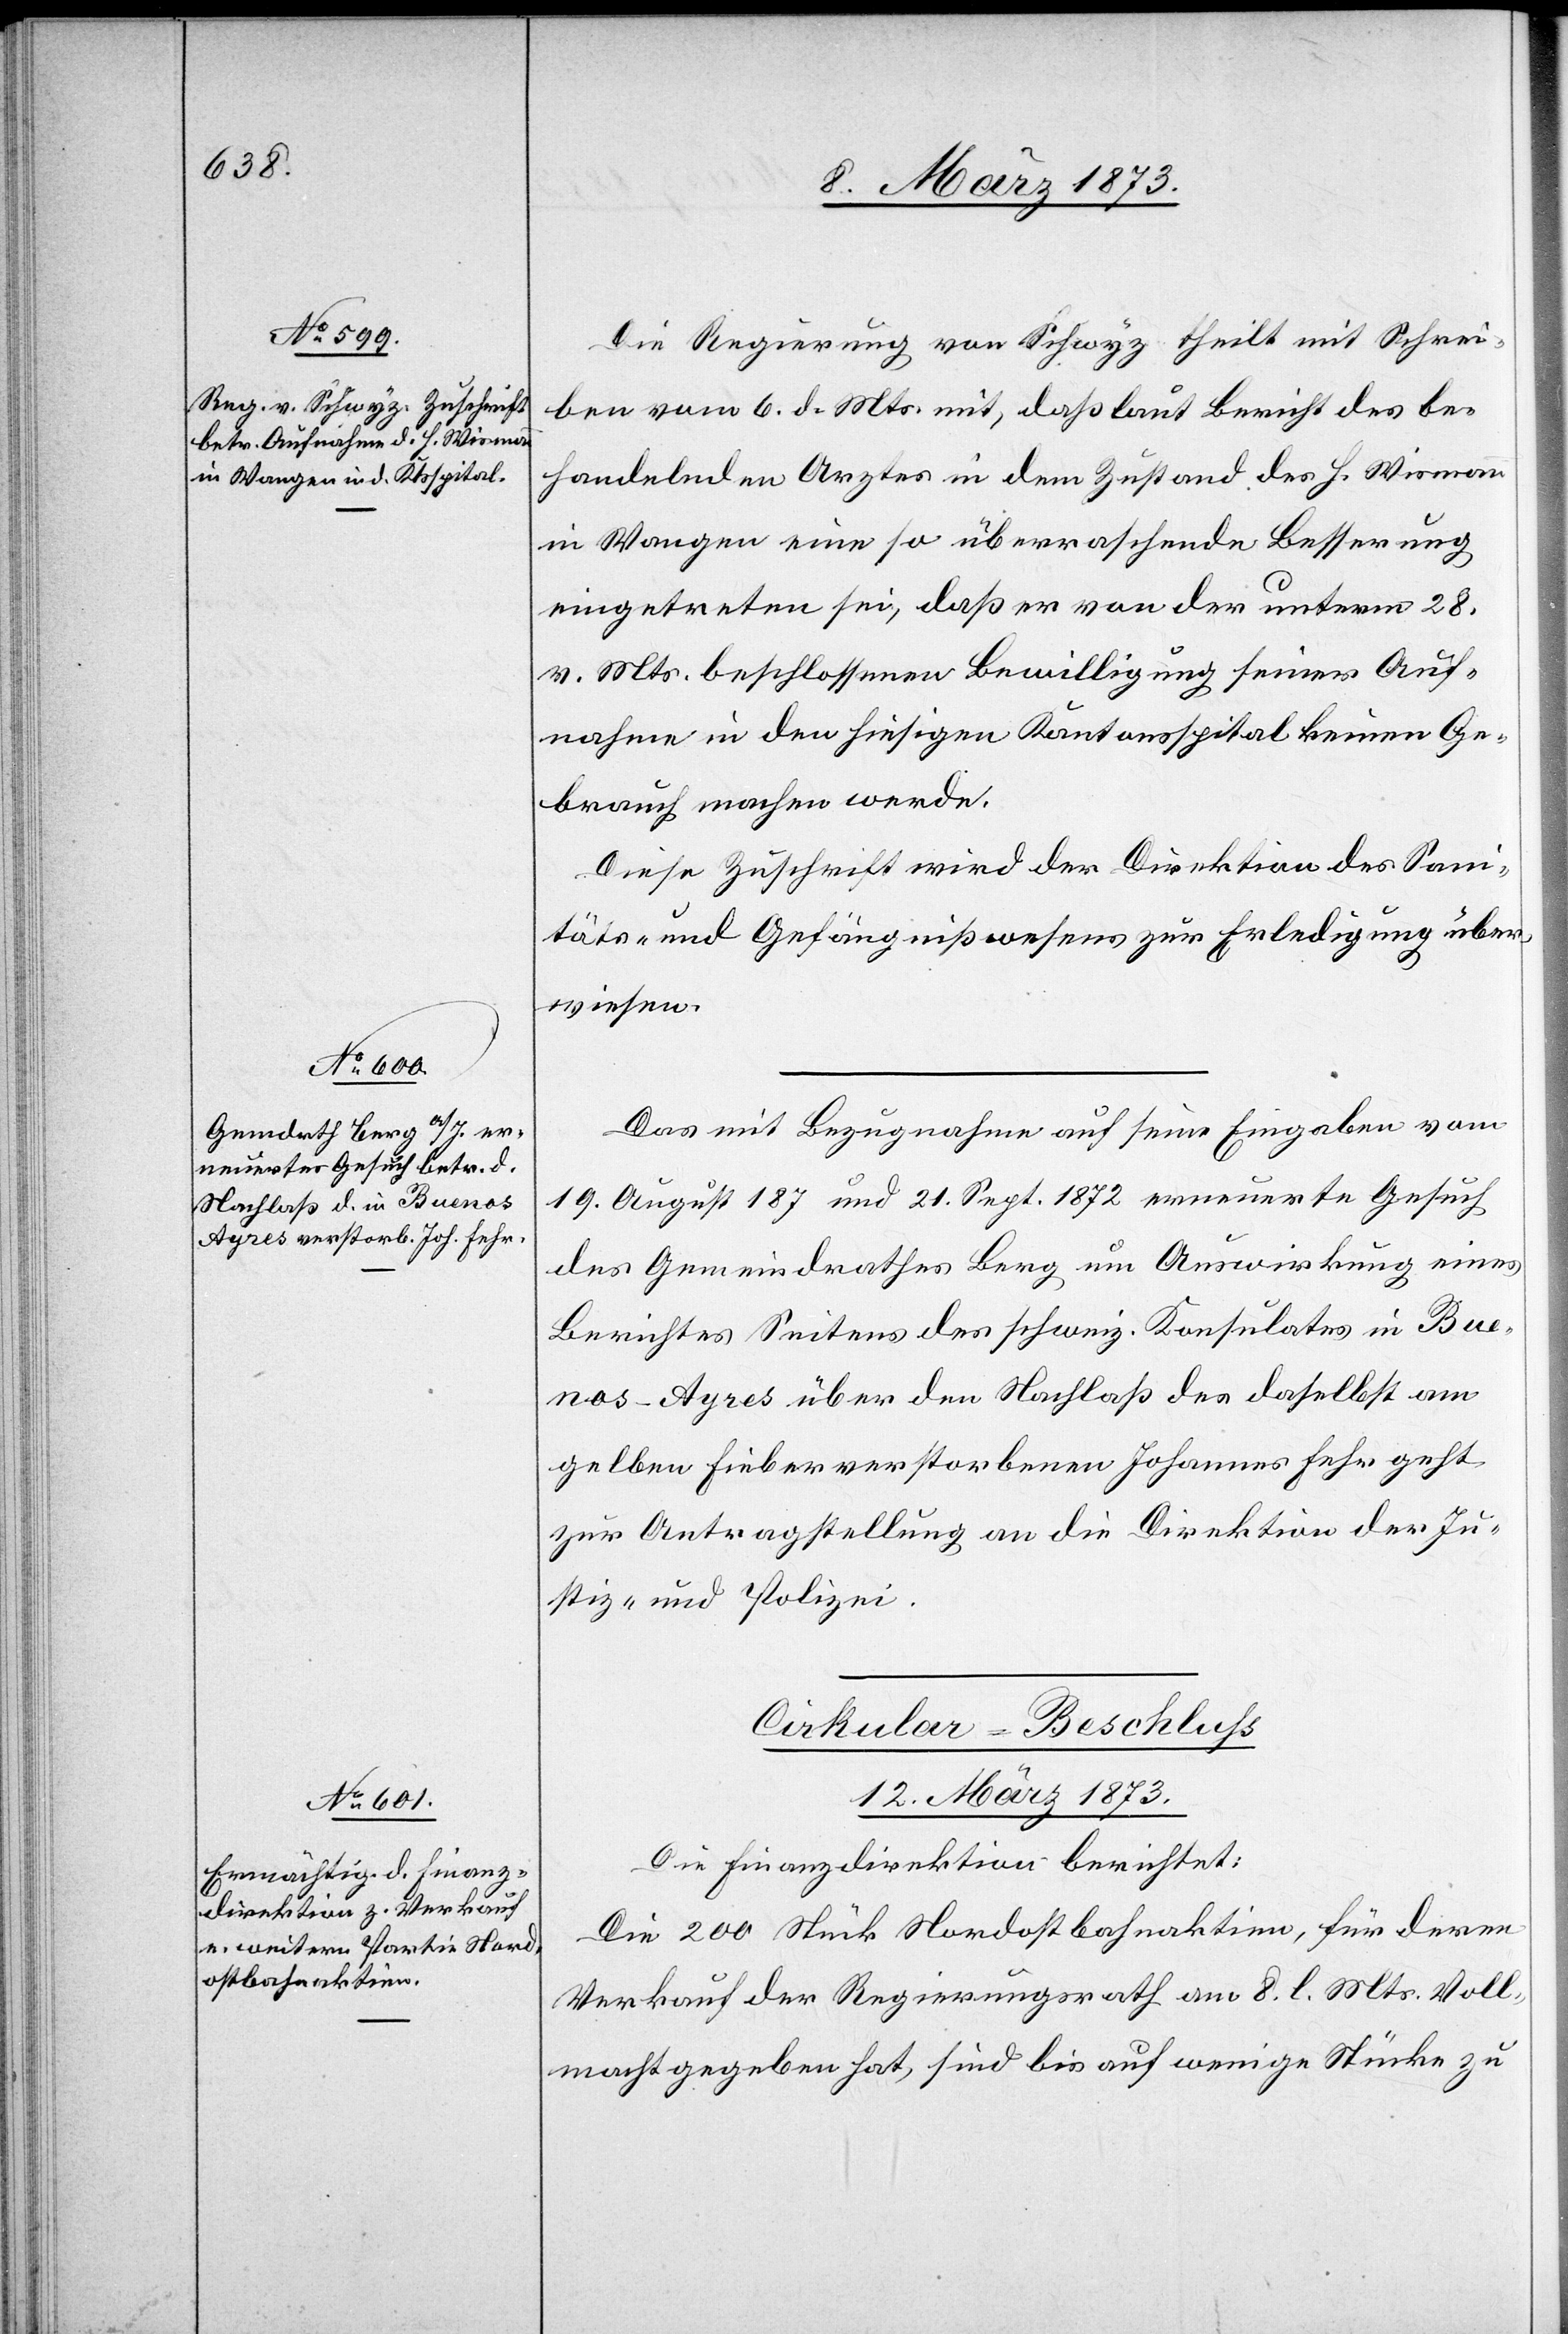
11. März 1873.]
Die Regierung von Schwyz theilt mit Schrei¬
ben vom 6. d. Mts. mit, daß laut Bericht des be¬
handelnden Arztes in dem Zustand des H. Wismann
in Wangen eine so überraschende Besserung
eingetreten sei, daß er von der unterm 28.
v. Mts. beschlossenen Bewilligung seiner Auf¬
nahme in den hiesigen Kantonsspital keinen Ge¬
brauch machen werde.
Diese Zuschrift wird der Direktion des Sani¬
täts- und Gefängnißwesens zur Erledigung über¬
wiesen.
Das mit Bezugnahme auf seine Eingaben vom
19. August 187 [sic!] und 21. Sept. 1872 erneuerte Gesuch
des Gemeindrathes Berg um Auswirkung eines
Berichtes Seitens des schweiz. Konsulates in Bue¬
nos-Ayres über den Nachlaß des daselbst am
gelben Fieber verstorbenen Johannes Fehr geht
zur Antragstellung an die Direktion der Justiz-
[sic!] und Polizei
Cirkular-Beschluß[.]
12. März 1873.
Die Finanzdirektion berichtet:
Die 200 Stück Nordostbahnaktien, für deren
Verkauf der Regierungsrath am 8. l. Mts. Voll¬
macht gegeben hat, sind bis auf wenige Stücke zu